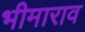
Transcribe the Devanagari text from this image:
भीमाराव